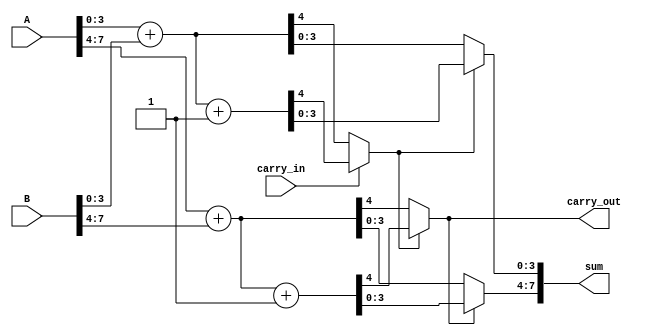
module carry_select_adder #(parameter N = 8, parameter K = 4) (
    input [N-1:0] A,
    input [N-1:0] B,
    input carry_in,
    output [N-1:0] sum,
    output carry_out
);

    // Number of segments
    localparam NUM_SEGMENTS = N / K;

    // Internal signals for carry and sum
    wire [K-1:0] sum0 [NUM_SEGMENTS-1:0];
    wire [K-1:0] sum1 [NUM_SEGMENTS-1:0];
    wire carry0 [NUM_SEGMENTS-1:0];
    wire carry1 [NUM_SEGMENTS-1:0];
    wire carry_out_segment [NUM_SEGMENTS-1:0];

    // Generate Adder segments
    genvar i;
    generate
        for (i = 0; i < NUM_SEGMENTS; i = i + 1) begin : CSA_SEGMENT
            // Calculate the range for each segment
            wire [K-1:0] A_segment = A[(i*K) +: K];
            wire [K-1:0] B_segment = B[(i*K) +: K];

            // Two parallel adders for each segment
            // Adder assuming carry in = 0
            assign {carry0[i], sum0[i]} = A_segment + B_segment;

            // Adder assuming carry in = 1
            assign {carry1[i], sum1[i]} = A_segment + B_segment + 1'b1;

            // For the first segment, carry_in is used directly
            if (i == 0) begin
                assign carry_out_segment[i] = carry_in ? carry1[i] : carry0[i];
            end else begin
                // Select carry output based on previous carry_out
                assign carry_out_segment[i] = carry_out_segment[i-1] ? carry1[i] : carry0[i];
            end
        end
    endgenerate

    // Construct final sum output and final carry_out
    generate
        for (i = 0; i < NUM_SEGMENTS; i = i + 1) begin : SUM_OUTPUT
            assign sum[(i*K) +: K] = carry_out_segment[i] ? sum1[i] : sum0[i];
        end
    endgenerate

    // Final carry out
    assign carry_out = carry_out_segment[NUM_SEGMENTS-1];

endmodule